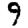
Digit: 9